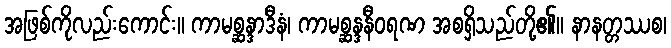
အဖြစ်ကိုလည်းကောင်း။ ကာမစ္ဆန္ဒာဒီနံ၊ ကာမစ္ဆန္ဒနီဝရဏ အစရှိသည်တို့၏။ နာနတ္တဿစ၊